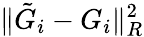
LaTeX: \| \tilde{G}_{i}-G_{i}\| _{R}^{2}